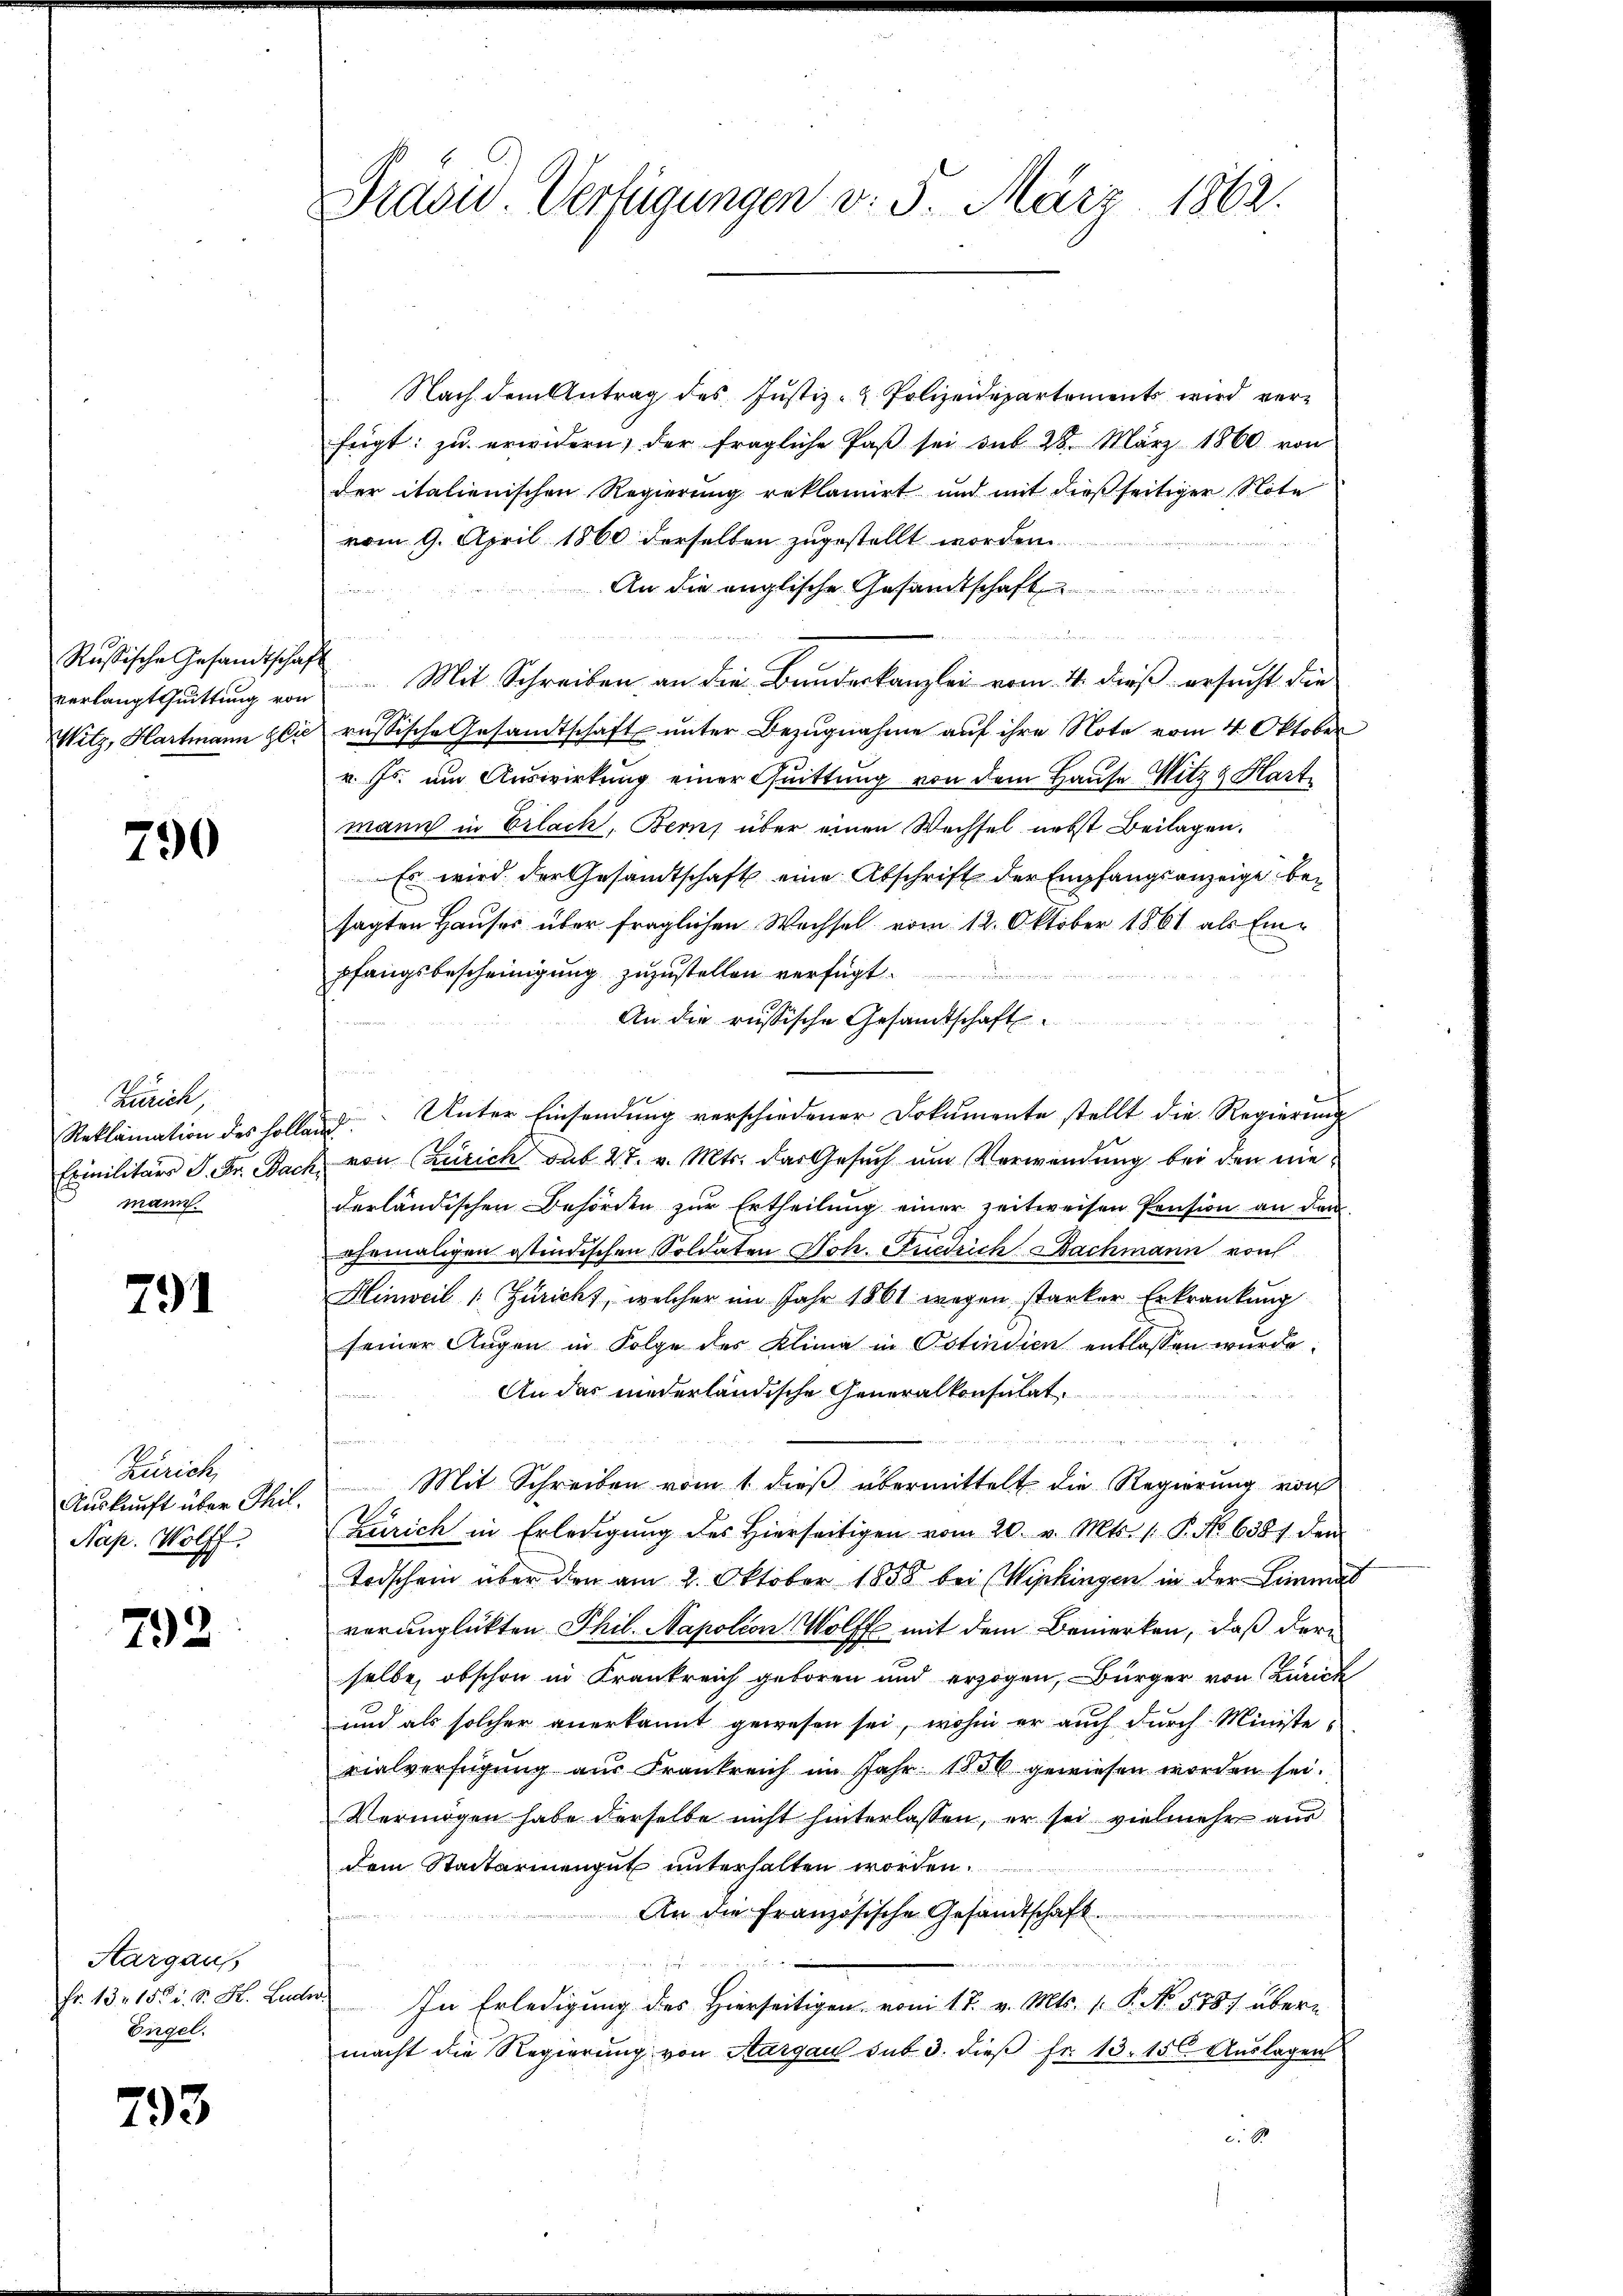
Russische Gesandtschaft
Witz, Hartmann Glie

790

Zürich,
Reklamation des Holle.
Eximilitärs P. Fr. Bach
mann.

791

Zürich,
Auskunft über Thil.
Nap. Wolff.

793

Aargau,
Fr. 13. 15. d. d. H. Lud
Engel.

793

Prasiv. Verfügungen v. 3. März 1862.

Nach dem Antrag des Justiz- & Polizeidepartements wird verfügt: zu erwidern, der fragliche Paβ sei aus 28. März 1860 von
der italienischen Regierung reklamirt und mit dießseitiger Note
vom 9. April 1860 derselben zugestellt worden
An die englische Gesandtschaft
 x

 Seite Me
verlangt seittŭng von Mit Schreiben an die Bundeskanzlei vom 4. dieß ersucht die
russische Gesamtschaft unter Bezugnahme auf ihre Note vom 4. Oktober
v. Js. um Auswirkung einer Quittung von dem Hause Witz & Hart
mann in Erlach, Berns über einen Wechsel nebst Beilagen.
Es wird der Gesandtschaft eine Abschrift der Empfangsanzeige besagten Hauses über fraglichen Wechsel vom 12. Oktober 1861 als Ein¬
.
pfangsbescheinigung zuzustellen verfügt.
An die russische Gesamtschaft.
 Unter Einsendung verschiedener Dokumente stellt die Regierung
& von Zürich sub 27. v. Mts. das Gesuch um Verwendung bei den niederländischen Behörden zur Ertheilung einer zeitweisen Pension an der
ehemaligen ostindischen Soldaten Joh. Fuedrich Bachmann von
Hinweil Züricht, welcher im Jahr 1861 wegen starker Erkrankung
seiner Augen in Folge des Klima in Ostindien entlassen wurde.
An das niederländische Generalkonsulat
s

Mit Schreiben vom 1. dieß übermittelt die Regierung von
Zürich in Erledigŭng des hierseitigen vom 20. v. Mts. 1. P. No 6381. den
Todschein über den am 2. Oktober 1858 bei Wipkingen in der Limmal
voranglükten Phil. Napoléon Wolff mit dem Bemerken, daß derselbe, obschon in Krankreich geboren und erzogen, Bürger von Zürich
und als solcher anerkannt gewesen sei, wohin er auch durch Ministe
rialverfügung aus Frankreich im Jahr 1856 gewiesen worden sei.
Vermögen habe derselbe nicht hinterlassen, er sei vielmehr aus
dem Stadtarmengut unterhalten worden.
An die Französische Gesandtschaft.

ber
In Erledigung des Hierseitigen vom 17. v. Mts. v. P. No. 578) übermacht die Regierŭng von Aargau sub. 3. dieβ fr. 13. 15. Aŭslagen
c. 8